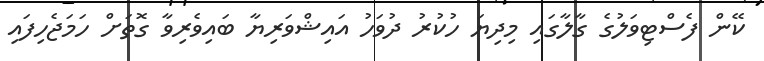
ކޭން ފެސްޓިވަލުގެ ގާލާގައި މިދިޔަ ހުކުރު ދުވަހު އައިޝްވަރިޔާ ބައިވެރިވާ ގޮތަށް ހަމަޖެހިފައި